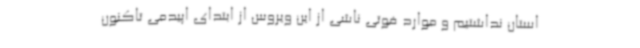
استان نداشتیم و موارد فوتی ناشی از این ویروس از ابتدای اپیدمی تاکنون